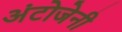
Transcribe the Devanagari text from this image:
अंटोजेनी